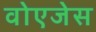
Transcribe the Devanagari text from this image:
वोएजेस